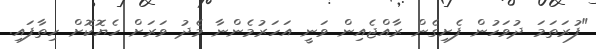
"ފުރަތަމަ ދުވަހުން ފެށިގެން ރާއްޖެއިން ވަނީ އަހަރުމެންނާ މެދު ވަރަށް ހެޔޮކޮށް ހިތާފައި.